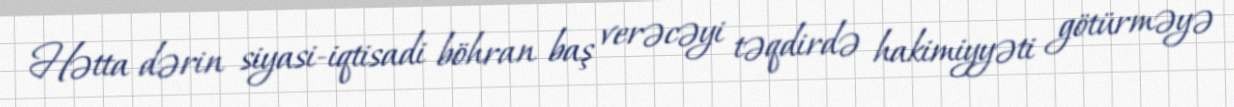
Hətta dərin siyasi-iqtisadi böhran baş verəcəyi təqdirdə hakimiyyəti götürməyə